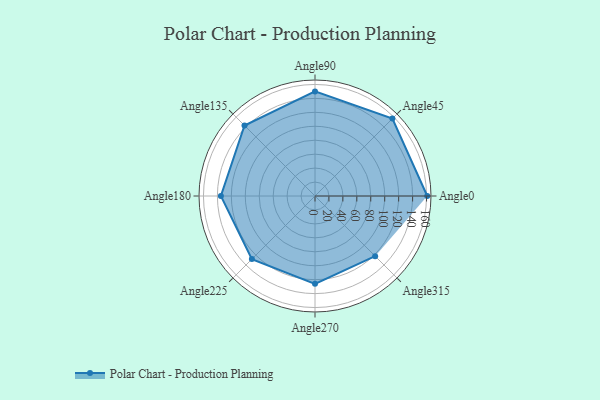
{"axis": {"x": "Angle", "y": "Radius"}, "legend": [""], "data": [{"x": "Angle0", "y": 161.0, "type": ""}, {"x": "Angle45", "y": 157.0, "type": ""}, {"x": "Angle90", "y": 150.0, "type": ""}, {"x": "Angle135", "y": 143.0, "type": ""}, {"x": "Angle180", "y": 135.0, "type": ""}, {"x": "Angle225", "y": 128.0, "type": ""}, {"x": "Angle270", "y": 126.0, "type": ""}, {"x": "Angle315", "y": 122.0, "type": ""}]}